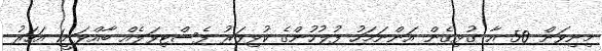
މިނިވަން 50 އާ ގުޅިގެން އަންނަމަހު ފުލުހުންގެ ކުޅިވަރު ފެސްޓިވަލެއް ބާއްވަނީ1 އަހަރު